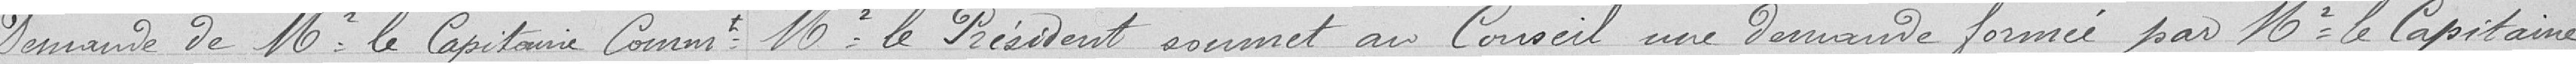
Demande de Monsieur le Capitaine Commandant Monsieur le Président soumet au Conseil une demande fournir par Monsieur le Capitaine